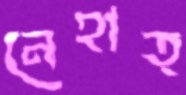
নেহাত্